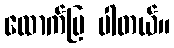
ထောက်ပြ ပါတယ်။